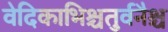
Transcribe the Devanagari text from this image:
वेदिकाभिश्चतुर्वनैश्च